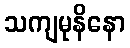
သကျမုနိနော